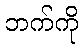
ဘက်ကို